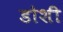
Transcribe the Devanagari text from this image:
डोशी